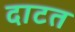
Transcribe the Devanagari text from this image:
दाटत